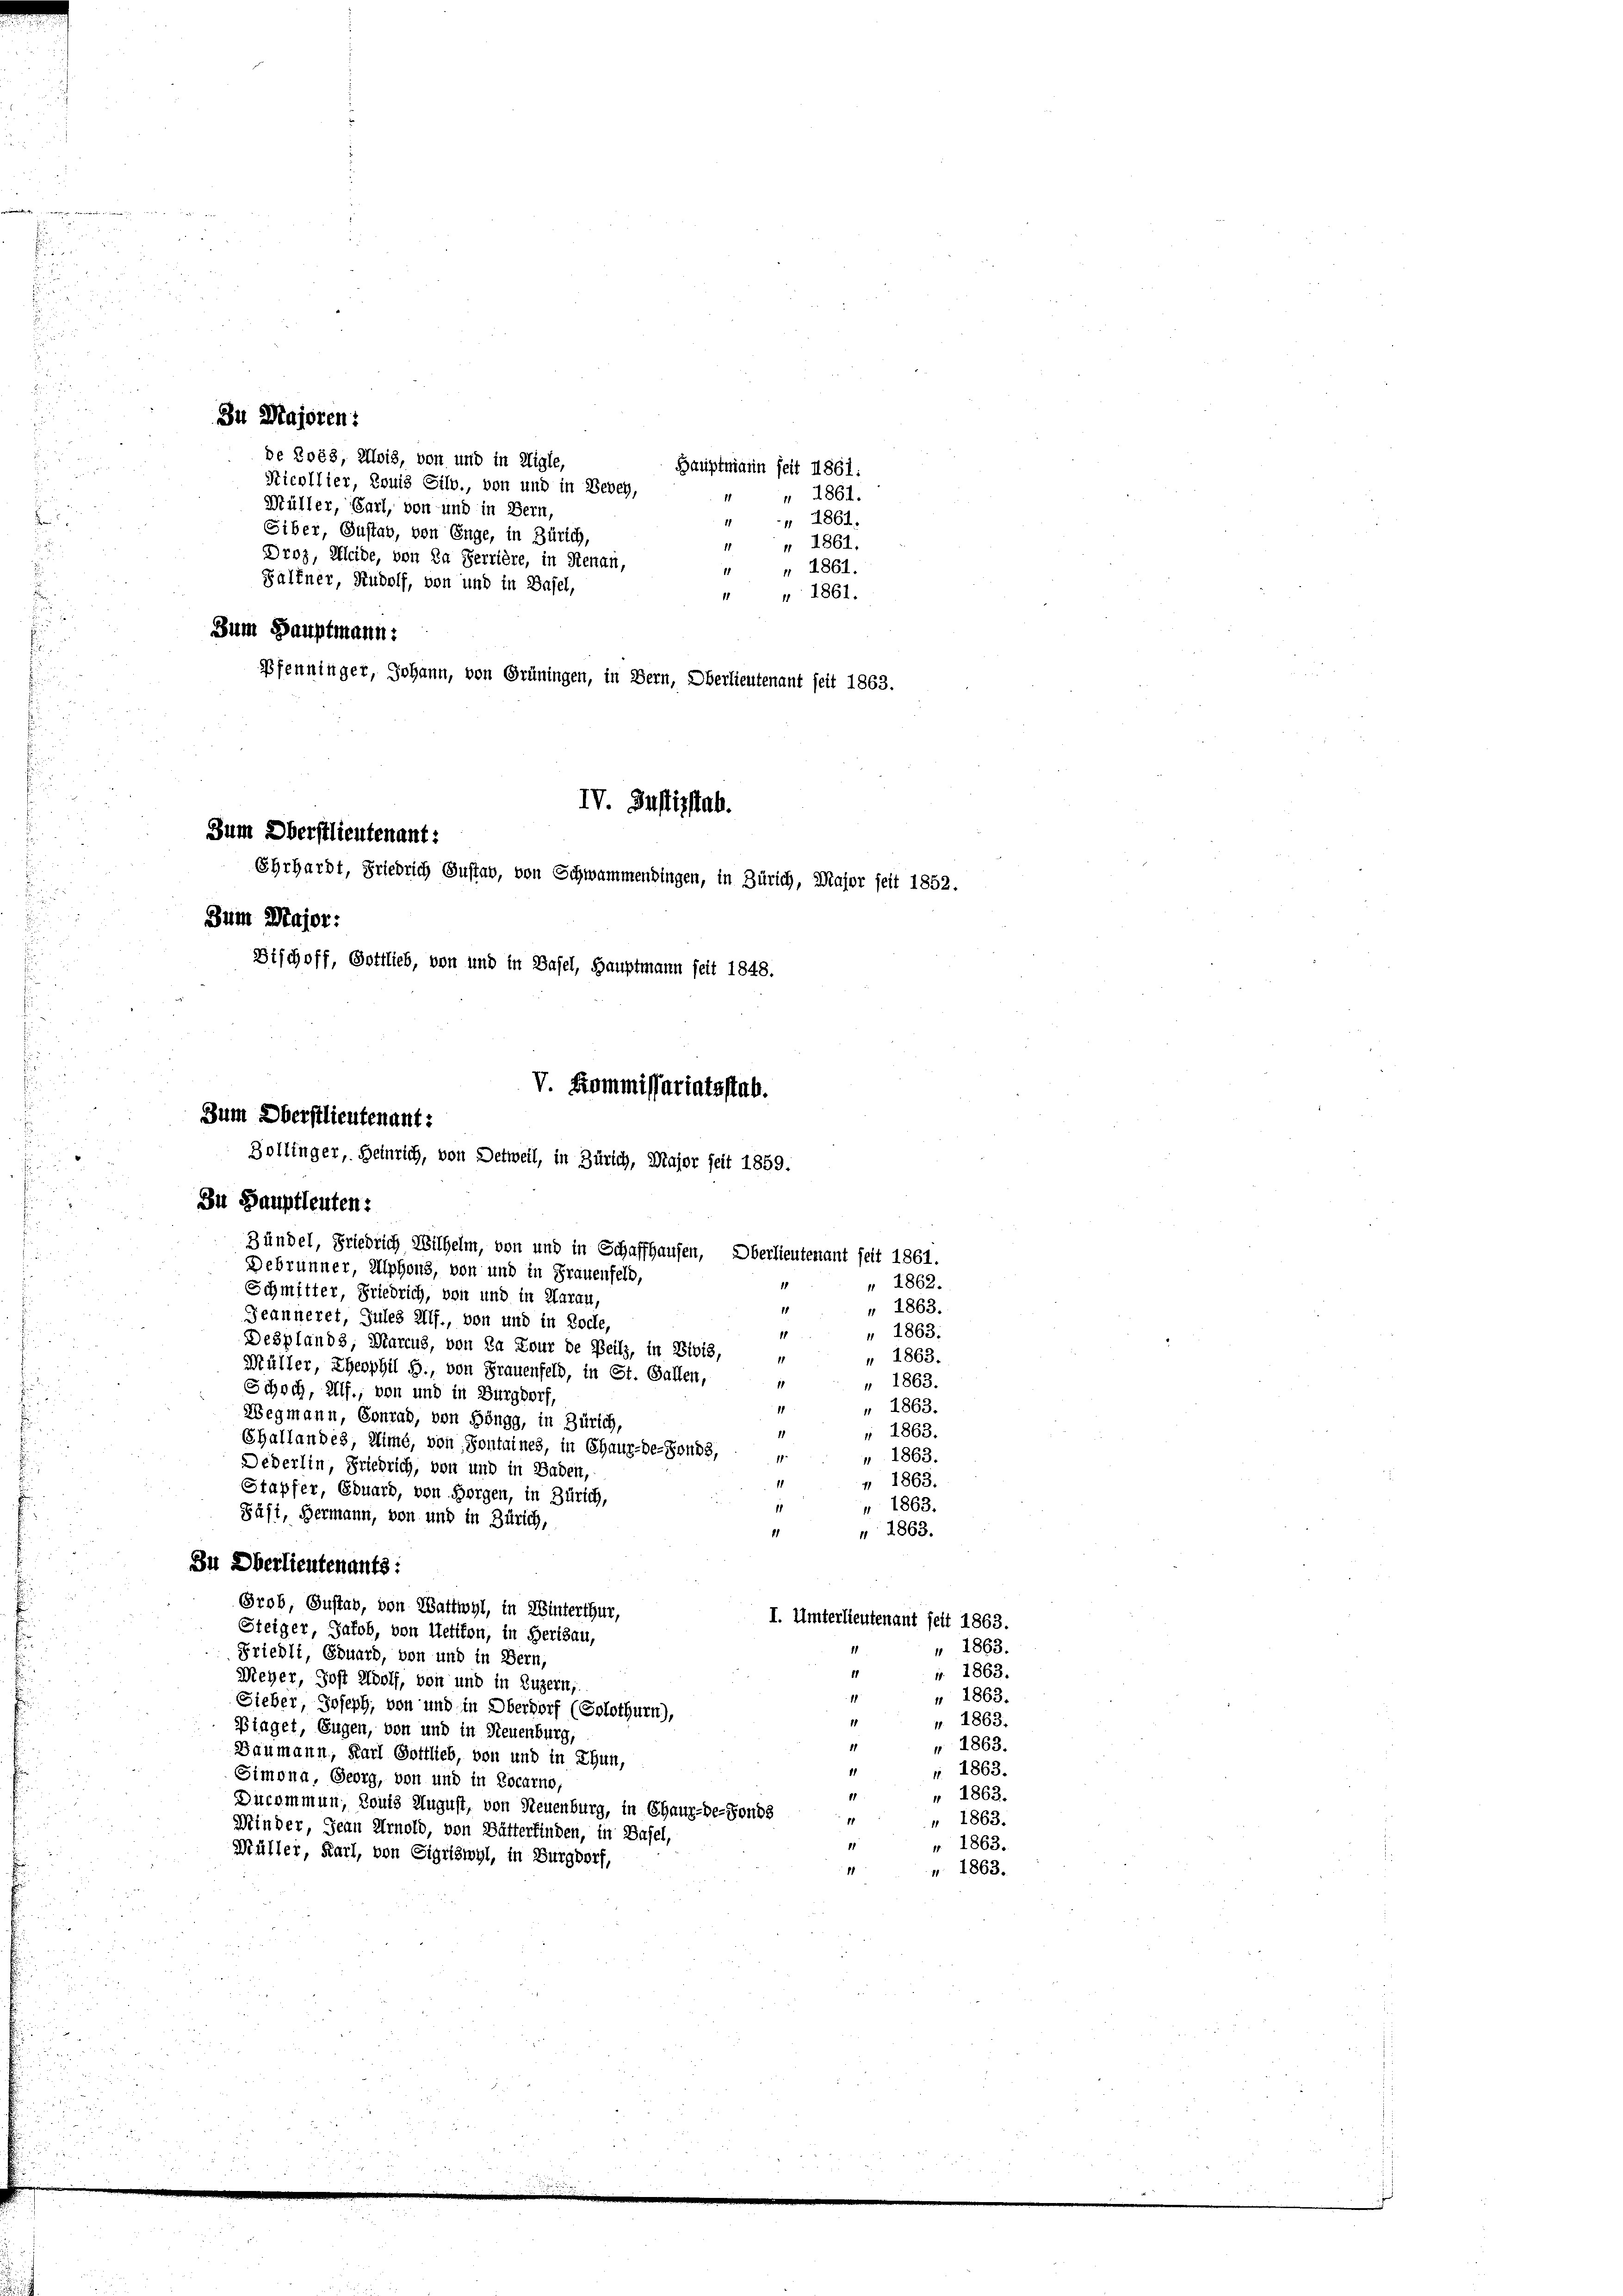
Zu Majoren?
de 3088, Alois, von und in Kligle,
Sticollier, Louis Silv., von und in Besch,
Müller, Carl, von und in Bern,
Siber, Gustav, von Enge, in Zürich,
Droz, Kleide, von Da Serrière, in Stenau,
" 1861.
11
Halfner, Rudolf, von und in Basel,
 " 1861.
Zum Hauptmann:
Pfenninger, Johann, von Grüningen, in Bern, Oberlieutenant seit 1863.

IV. Zustizstab.
Zum Oberstlieutenant:
Ehrhardt, Friedrich Gustab, von Schwammendingen, in Zürich, Major seit 1852.
Zum Major:
Dischoff, Gottlieb, von und in Basel, Hauptmann seit 1848.
Zum Oberstlieutenant:
Zollinger, Heinrich, von Detweil, in Zürich, Major seit 1859.
Zu Hauptleuten:

Debrunner, Alphons, von und in Frauenfeld,
1
Schmitter, Friedrich, von und in Aarau,
11
Jeanneret, Jules allf., von und in Loche,
4
Desplands, Marcus, von Da Eour de Beilz, in Divis,
Müller, Theophil §., von Frauenfeld, in St. Gallen,
1
Schoch, Alf., von und in Burgdorf,
1
Wegmann, Conrad, von Höngg, in Zürich,
11
Challandes, Simé, von Sontaines, in Chaux-de-Fonds,
11
Dederlin, Friedrich, von und in Baden,
1
Stapfer, Eduard, von Horgen, in Zürich,
11
Päsi, Hermann, von und in Zürich,
1
Zu Oberlieutenants:
Grob, Gustav, von Wattwyl, in Winterthur,
I. Unterlieu
Steiger, Jakob, von Uetikon, in Herisau,
 Friedli, Eduard, von und in Bern,
11
Weher, Jost Wolf, von und in Luzern,
Sieber, Joseph, von und in Oberdorf (Solothurn),
Biaget, Eugen, von und in Neuenburg,
11
Baumann, Karl Gottlieb, von und in Thun,
11
Simona, Georg, von und in Locarno,
11
Ducommen, Louis August, von Neuenburg, in Chaux-de-Fonds
1
Minder, Jean Arnold, von Bätterfinden, in Basel,
Müller, Karl, von Sigriswyl, in Burgdorf,

1864

V. Kommissariatsstab.

Zündel, Friedrich Wilhelm, von und in Schaffhausen, Oberlieutenant seit 1861.

Hauptmann seit 1861:
1
 1861.
11
" 1861.

1862.
" 1863.
 1863.
 1863.
" 1863.
" 1863.
 1863.
 1863.
 1863.
 1863.
" 1863.

tant seit 1863.
 1863.
 1863.
" 1863.
 1863.
" 1863.
 1863.
 1863.
" 1863.
 1863.

n. 1863.